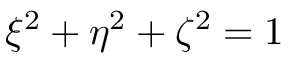
\xi ^ { 2 } + \eta ^ { 2 } + \zeta ^ { 2 } = 1